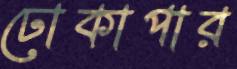
ঢোকাপার